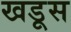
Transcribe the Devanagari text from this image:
खडूस